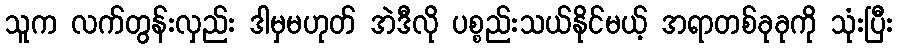
သူက လက်တွန်းလှည်း ဒါမှမဟုတ် အဲဒီလို ပစ္စည်းသယ်နိုင်မယ့် အရာတစ်ခုခုကို သုံးပြီး